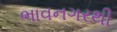
ભાવનગરથી